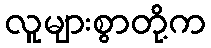
လူများစွာတို့က